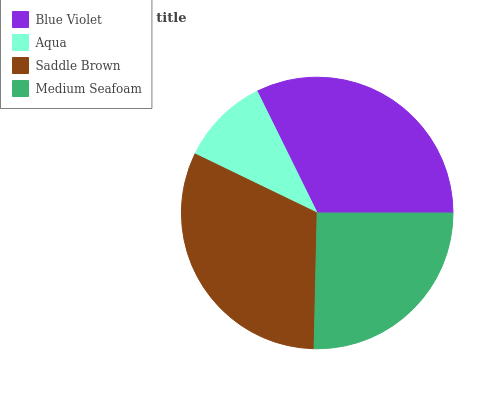
| Blue Violet | Aqua | Saddle Brown | Medium Seafoam |
 | --- | --- | --- | --- |
 | 32.3% | 10.5% | 31.8% | 25.3% |